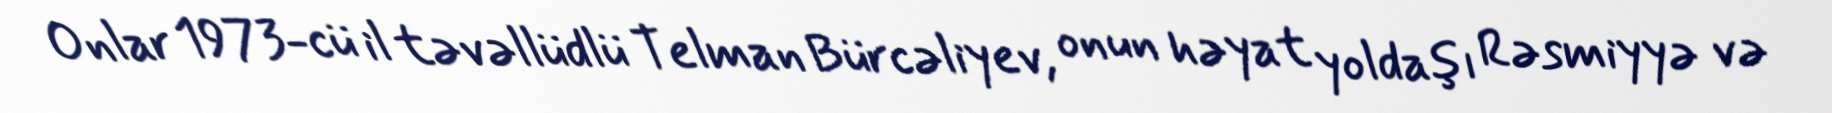
Onlar 1973-cü il təvəllüdlü Telman Bürcəliyev, onun həyat yoldaşı Rəsmiyyə və